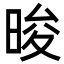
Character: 晙